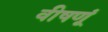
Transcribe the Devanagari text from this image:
वीषणूं